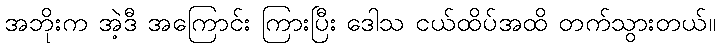
အဘိုးက အဲ့ဒီ အကြောင်း ကြားပြီး ဒေါသ ငယ်ထိပ်အထိ တက်သွားတယ်။